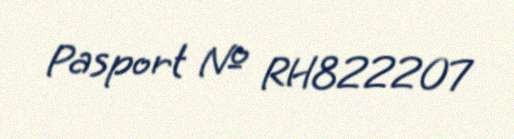
Pasport № RH822207